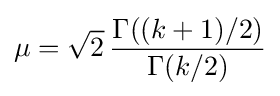
\mu ={\sqrt {2}}\,{\frac {\Gamma ((k+1)/2)}{\Gamma (k/2)}}